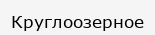
Круглоозерное